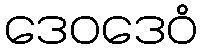
ဒေဝဒေဝံ